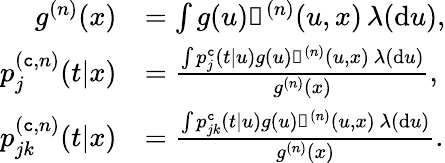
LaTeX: \begin{array}{rl}{g^{(n)}(x)}&{=\int g(u)\mathbb{k}^{(n)}(u,x)\, \lambda(\mathrm{d}u),}\\ {p_{j}^{(\texttt{c},n)}(t|x)}&{=\frac{\int p_{j}^{\texttt{c}}(t|u)g(u)\mathbb{k}^{(n)}(u,x)\, \lambda(\mathrm{d}u)}{g^{(n)}(x)},}\\ {p_{jk}^{(\texttt{c},n)}(t|x)}&{=\frac{\int p_{jk}^{\texttt{c}}(t|u)g(u)\mathbb{k}^{(n)}(u,x)\, \lambda(\mathrm{d}u)}{g^{(n)}(x)}.}\end{array}